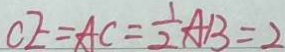
C E = A C = \frac { 1 } { 2 } A B = 2